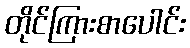
တိုင်ကြားစာပေါင်း